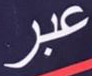
عبر